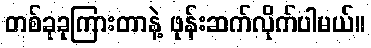
တစ်ခုခုကြားတာနဲ့ ဖုန်းဆက်လိုက်ပါမယ်။